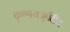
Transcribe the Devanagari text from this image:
कृष्णयजुर्वेदीय